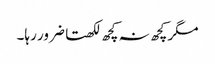
مگر کچھ نہ کچھ لکھتا ضرور رہا۔